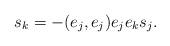
LaTeX: \begin{align*} s_k = -(e_j, e_j) e_j e_k s_j.\end{align*}